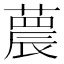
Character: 𦻼